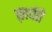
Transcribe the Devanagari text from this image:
ख़र्चते